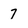
Character: 7